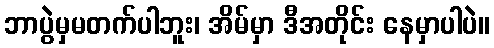
ဘာပွဲမှမတက်ပါဘူး၊ အိမ်မှာ ဒီအတိုင်း နေမှာပါပဲ။